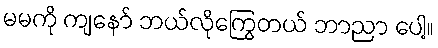
မမကို ကျနော် ဘယ်လိုကြွေတယ် ဘာညာ ပေါ့။